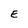
Character: E